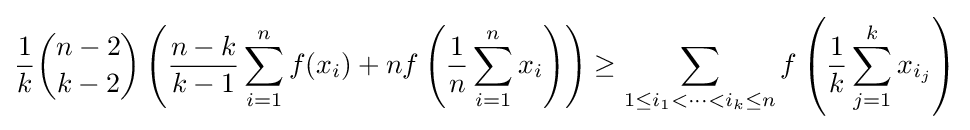
{\frac {1}{k}}{\binom {n-2}{k-2}}\left({\frac {n-k}{k-1}}\sum _{i=1}^{n}f(x_{i})+nf\left({\frac {1}{n}}\sum _{i=1}^{n}x_{i}\right)\right)\geq \sum _{1\leq i_{1}<\dots <i_{k}\leq n}f\left({\frac {1}{k}}\sum _{j=1}^{k}x_{i_{j}}\right)